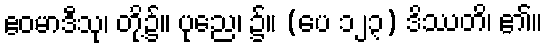
ဧဝမာဒီသု၊ တို့၌။ ပုညေ၊ ၌။ (ပေ ၁၂၃) ဒိဿတိ၊ ၏။